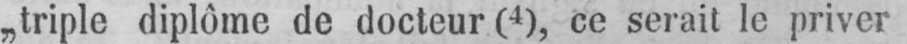
„triple diplôme de docteur (4), ce serait le priver